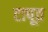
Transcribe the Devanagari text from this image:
टापूत